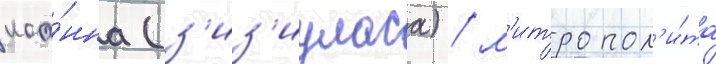
иоа́нна (з'из'иуласа) / м'итропол'и́та